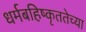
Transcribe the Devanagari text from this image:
धर्मबहिष्कृततेच्या